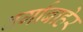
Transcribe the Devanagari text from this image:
वर्गाबाहेर